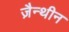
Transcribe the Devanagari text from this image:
ज़ैन्थीन